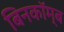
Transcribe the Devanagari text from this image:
बिनकॉम्ब